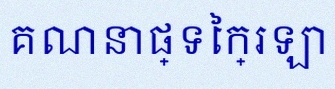
គណនាផ្ទៃក្រឡា